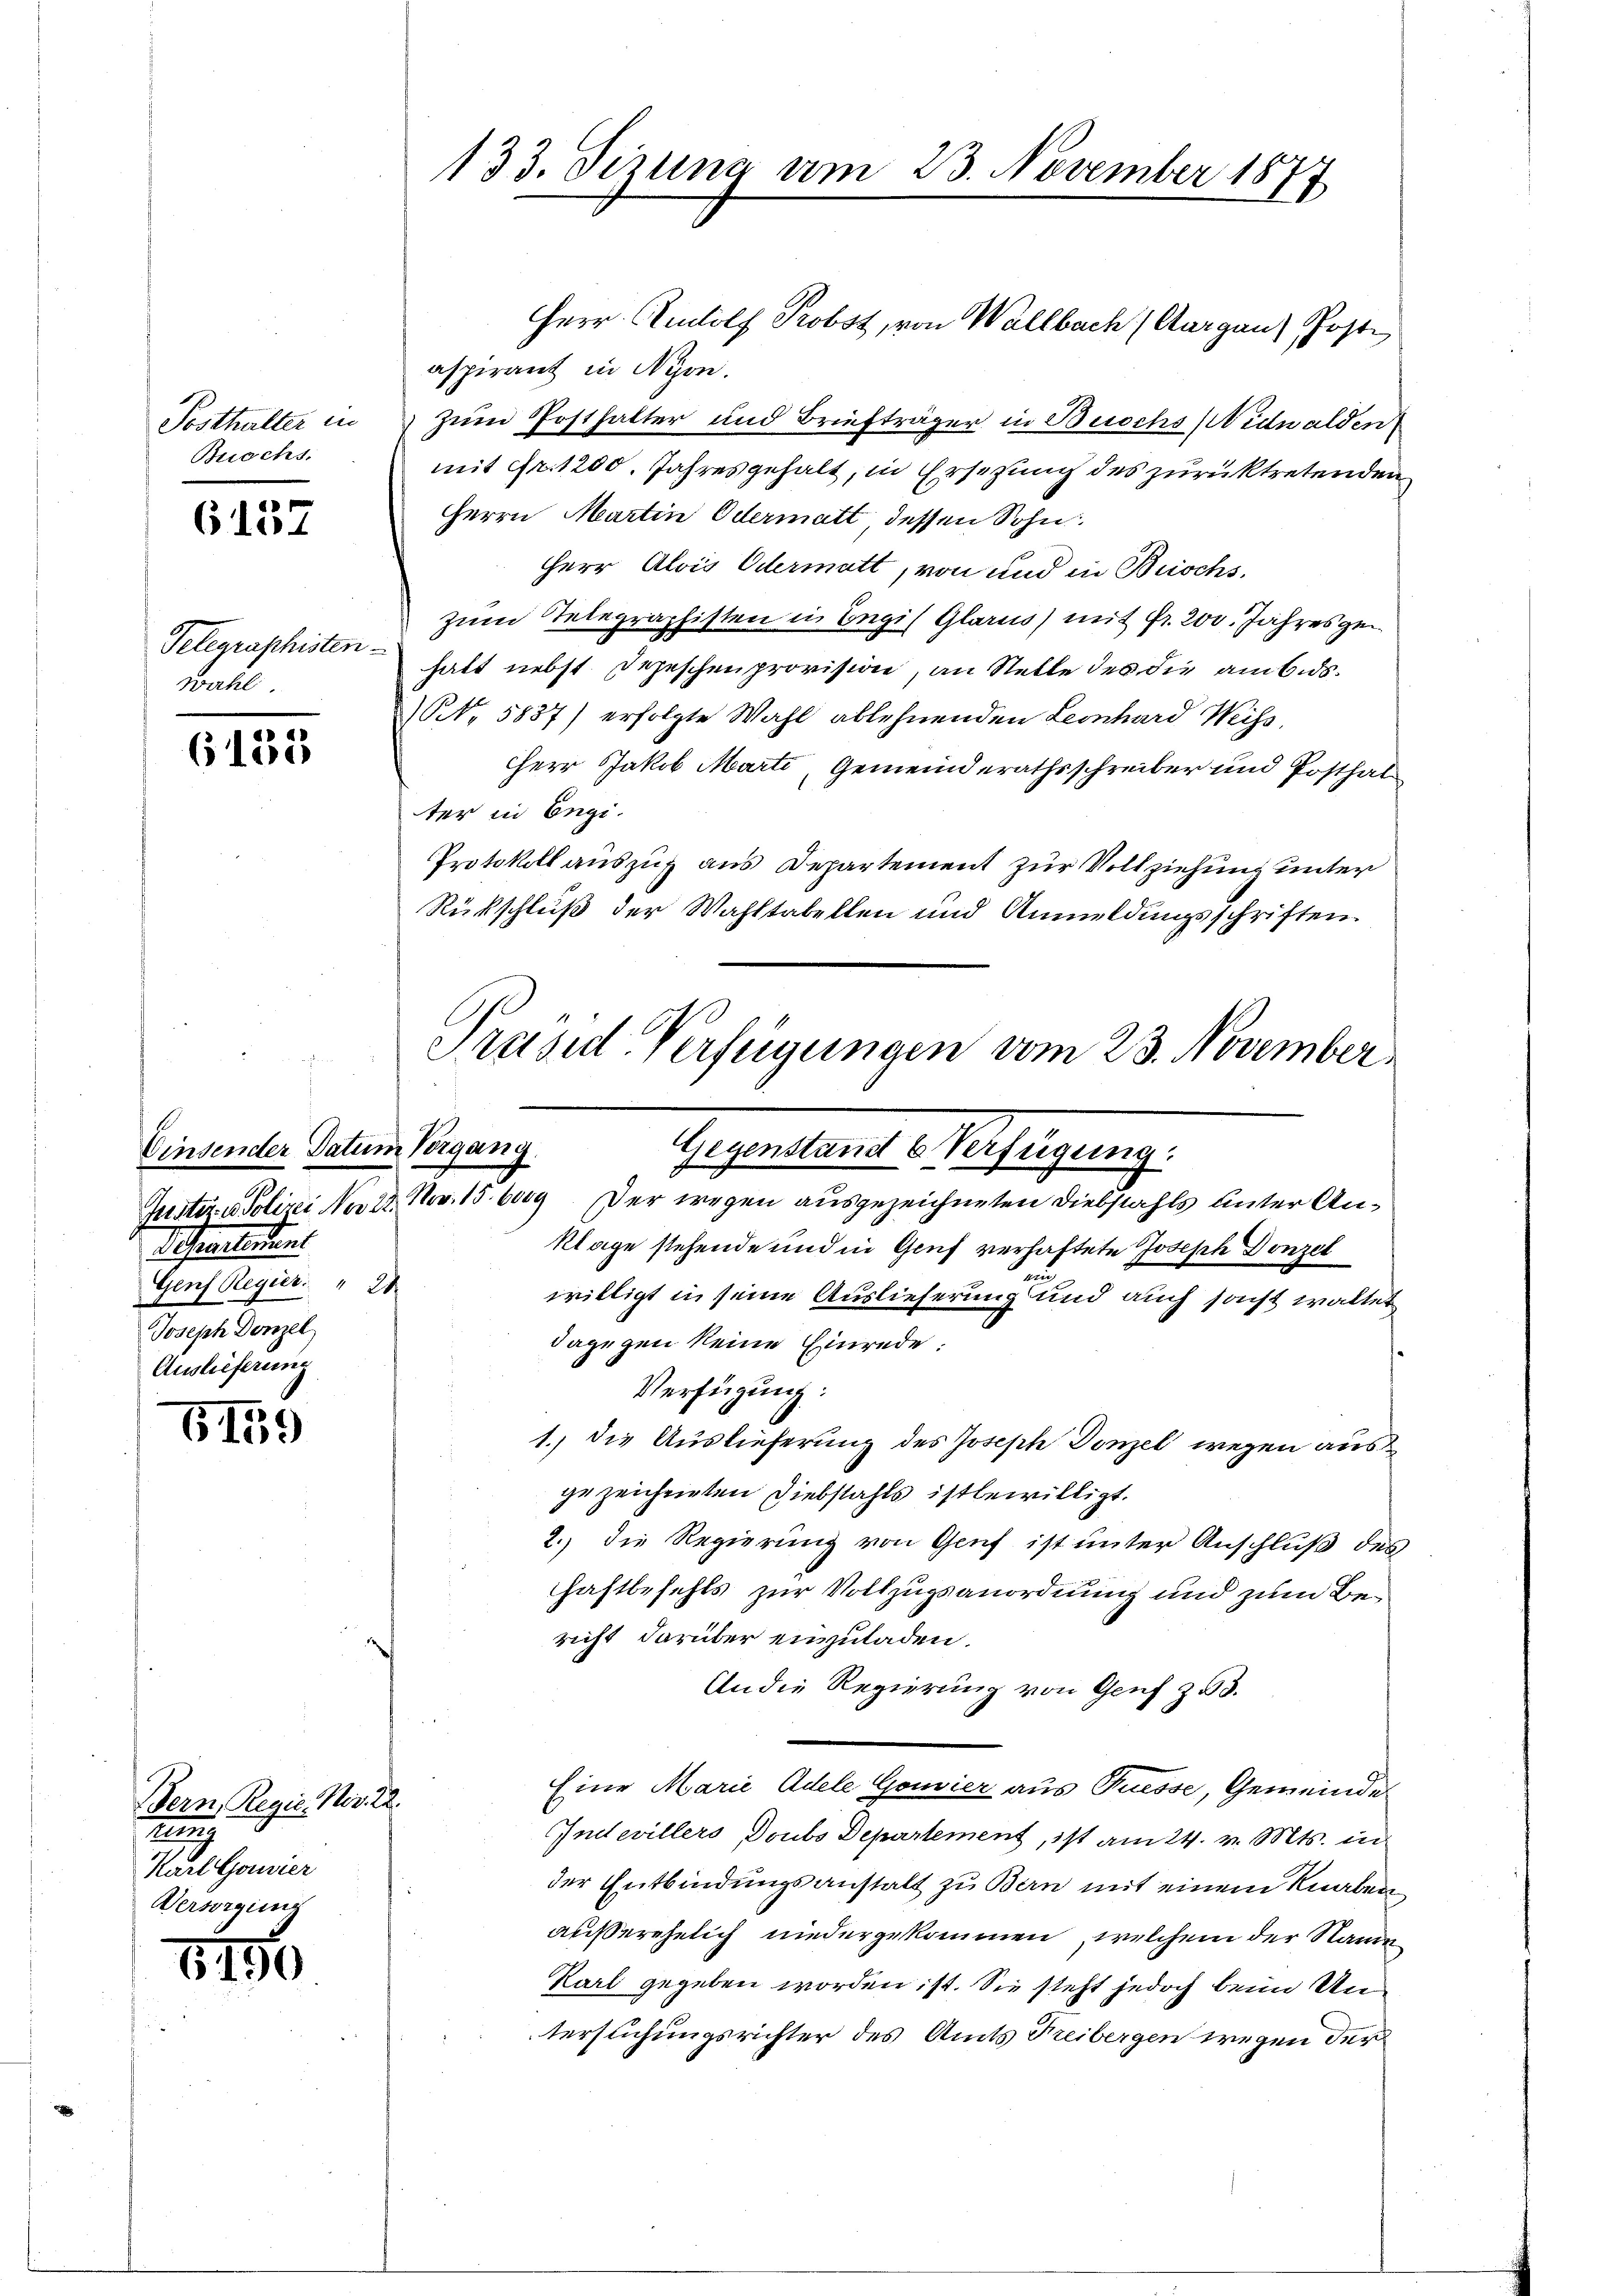
Buochs.

6157

Telegraphisten
wahl.

6155

Einsender Datum Vergang.
Demelins
Genf Regier: " 21
Joseph Donzel
Auslieferung

5159

Bern, Regie. Nov. 22.
t
Karl Gouvier
Versorgung

1156

aspirant in Nyon.
Posthalter in zum Posthalter und Briefträger in Buochs (Nidwalden
mit Fr. 1200. Jahresgehalt, in Ersetzung des zurücktretenden
Herrn Martin Odermatt, dessen Sohn
Herr Alois Odermatt, von und in Brischszum Telegraphisten in Begis Glarus) mit Fr. 200. Jahres gehatt nebst Depeschenprovision, an Stelle des die ambods¬
NNo. 5837) erfolgte Wahl ablehnenden Leonhard Weiss.
HHerr Jakob Marti, Gemeinderathsschreiber und Posthat
ter in Engi.
Protokoll auszug aus Departement zur Vollziehung unter
Rückschluß der Wahltabellen und Anmeldungsschriften
Präsid Verfügungen vom 23. November

133. Sizung am 23. November 1877

Herr Rudolf Probst, von Wallbach Aargau) Post

Gegenstande Verfügung.

Guster - Polizei No 22. Nov. 156009. Der wegen ausgezeichneten Diebstahls unter An¬
Klage stehende und in Gruf verhaftete Joseph Donzel
willigt in seine Auslieferung und auch sonst waltet
dagegen keine Einrede:
Verfügung:
1.) Die Auslieferung des Joseph Donzel wegen ausgezeichneten Diebstahls ist bewilligt.
2.) Die Regierung von Genf ist unter Anschluß des
haftbefehls zur Vollzugsanordnung und zum Bericht darüber einzuladen.
An die Regierung von Genf z 3.
Eine Marie Adele Gouvier aus Tuesse, Gemeinde
Indevillers Doubs Departement, ist am 24. v. Mts. in
der Entbindungsanstalt zu Bern mit einem Knaben
außerehelich niedergekommen, welchem der Name
Karl gegeben worden ist. Sie steht jedoch beim Untersuchungsrichter des Amts Freibergen wegen der